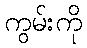
ကွမ်းကို